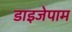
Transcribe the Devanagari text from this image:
डाइजेपाम